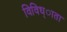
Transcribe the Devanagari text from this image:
विविध्ाता